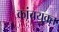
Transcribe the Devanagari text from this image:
कांचयुक्त